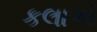
કલાએ